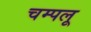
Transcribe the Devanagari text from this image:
चम्पलू